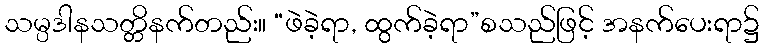
သမ္ပဒါနသတ္တိနက်တည်း။ “ဖဲခဲ့ရာ, ထွက်ခဲ့ရာ”စသည်ဖြင့် အနက်ပေးရာ၌